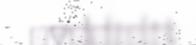
ovddidit